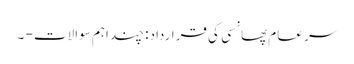
سر عام پھانسی کی قرارداد: چند اہم سوالات - ۔